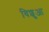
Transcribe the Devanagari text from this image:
विशुआ